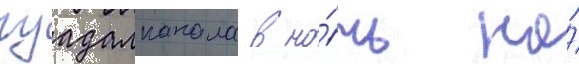
гуадалканала в но́чь на́